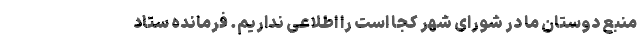
منبع دوستان ما در شورای شهر کجا است را اطلاعی نداریم. فرمانده ستاد